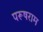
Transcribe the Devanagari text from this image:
परूषराम